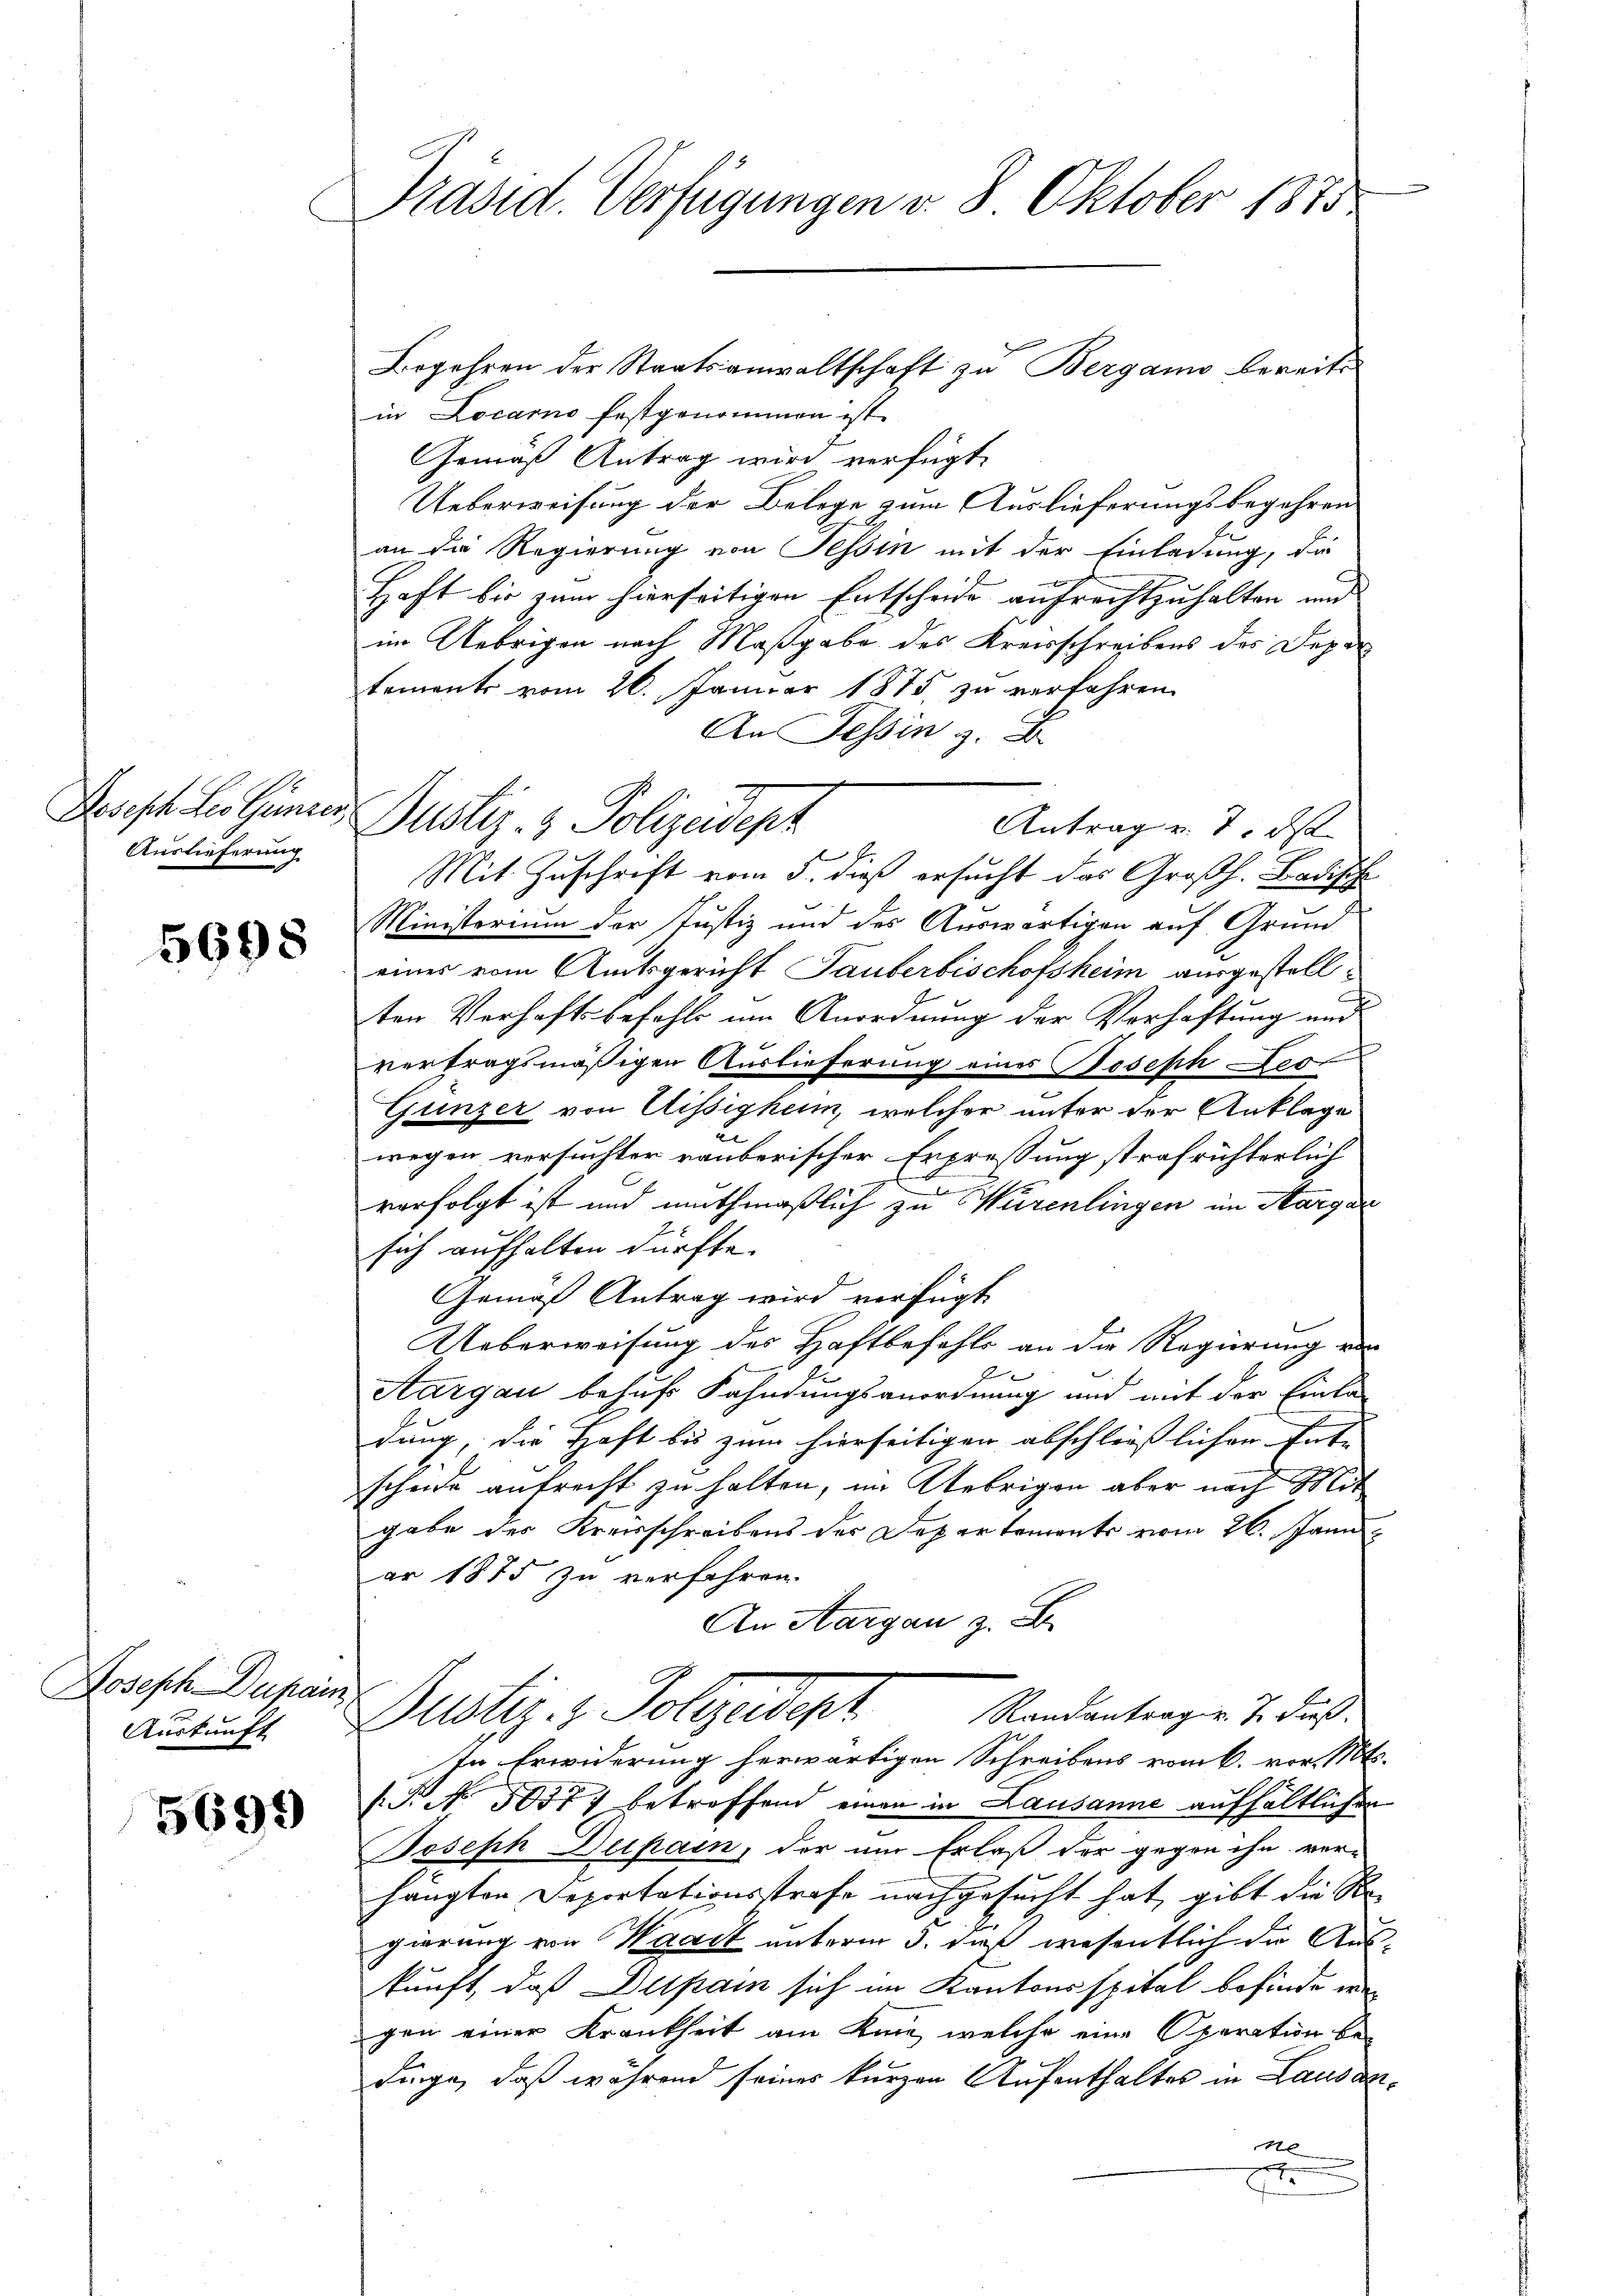
Joseph Les Ganzer,
Auslieferung

5698

Joseph Dupanz.
Auskunft

5699

Präsid. Verfügungen v. 8. Oktober 1875

Justiz- & Polizeidepz
fr
Mit Zuschrift vom 3. dieß ersucht das Großh. Badisch

Begehren der Staatsanwaltschaft zu Bergamo bereits
in Locarno festgenommen ist.
Gemäß Antrag wird verfügt:
Ueberweisung der Belege zum Auslieferungsbegehren
an die Regierung von Tessin mit der Einladung, die
Haft bis zum hierseitigen Entscheide aufrechtzuhalten und
im Uebrigen nach Maßgabe des Kreisschreibens des Depar
tements vom 26. Januar 1875. zu verfahren
An Tessin z. B.
Antrag v. 7. ds
Ministerium der Justiz und des Auswärtigen auf Grund-
eines vom Amtsgericht Tauberbischofsheim ausgestellten Verhaftsbefehls um Anordnung der Verhaftung und
vertragsmäßigen Auslieferung eines Joseph Fes
Gunzer von Aissigheim, welcher unter der Anklage
wegen versuchter räuberischer Erpressung strafrichterlich
d
vorfolgt ist und muthmaßlich zu Würenlingen im Margau
sich aufhalten dürfte.
Gemäß Antrag wird verfügt
Ueberweisung des Haftbefehls an die Regierung von
2
Aargau behufs Fahndungsanordnung und mit der Einla-
dung, die Haft bis zum hierseitigen abschließlichen Ent- |
scheide aufrecht zu halten, im Uebrigen aber nach Mit
gabe der Kreisschreibens des Das er tements vom 26. Janu
ar 1875 zu verfahren.
An Aargau z. B.
Justiz- & Polyedepr
Randantrag v. J. daß
In Erwiderung herwärtigen Schreibens vom 6. vor. Mts.
(. No. 5057) betroffend einen in Lausanne aufhältlichen
Boseph Deipain, der um Erlaß der gegen ihn ver-
hängten Deportationsstrafe nachgesucht hat, gibt die Ste
gierung von Waadt unterm 5. daß wesentlich die Aus
kunft, daß Dupam sich im Kantonsspital befinde we
gen einer Krankheit am Knie, welche eine Operation be-
dinge, daß während seines kurzen Aufenthaltes in Lausarne
t